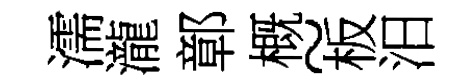
濡瀧鄣概~板汨